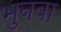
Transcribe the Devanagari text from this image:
भुनवा